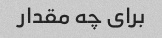
برای چه مقدار